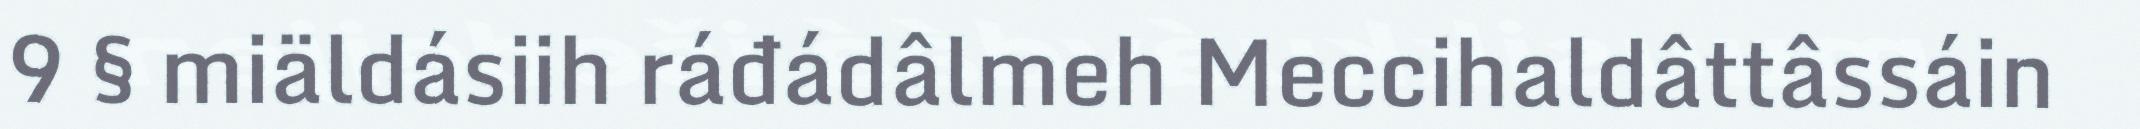
9 § miäldásiih ráđádâlmeh Meccihaldâttâssáin